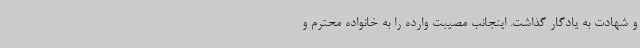
و شهادت به یادگار گذاشت. اینجانب مصیبت وارده را به خانواده محترم و